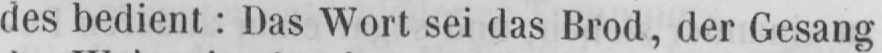
des bedient: Das Wort sei das Brod, der Gesang